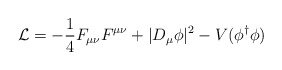
\begin{align*}{\mathcal L}= -\frac{1}{4} F_{\mu\nu}F^{\mu \nu}+ \vert D_\mu \phi\vert^2 -V(\phi^\dagger \phi)\end{align*}